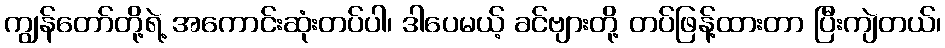
ကျွန်တော်တို့ရဲ့ အကောင်းဆုံးတပ်ပါ၊ ဒါပေမယ့် ခင်ဗျားတို့ တပ်ဖြန့်ထားတာ ပြီးကျဲတယ်၊